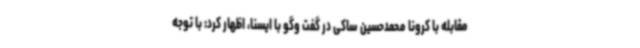
مقابله با کرونا محمدحسین ساکی در گفت وگو با ایسنا، اظهار کرد: با توجه